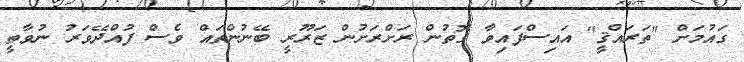
ގައުމަށް "ތަރައްޤީ" އައިސްފައިވާ ގޮތުން ރަށްރަށުން ޒަރޫރީ ބޭނުންތައް ވެސް ފުއްދޭވަރު ނުވާތީ